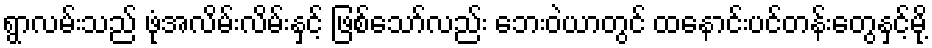
ရွာလမ်းသည် ဖုံအလိမ်းလိမ်းနှင့် ဖြစ်သော်လည်း ဘေးဝဲယာတွင် ထနောင်းပင်တန်းတွေနှင့်မို့